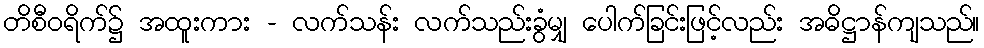
တိစီဝရိက်၌ အထူးကား - လက်သန်း လက်သည်းခွံမျှ ပေါက်ခြင်းဖြင့်လည်း အဓိဋ္ဌာန်ကျသည်။